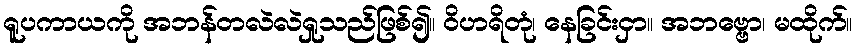
ရူပကာယကို အဘန်တလဲလဲရှုသည်ဖြစ်၍။ ဝိဟရိတုံ၊ နေခြင်းငှာ။ အဘဗ္ဗော၊ မထိုက်။